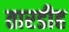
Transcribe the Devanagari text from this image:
तारडीह